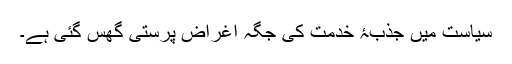
سیاست میں جذبۂ خدمت کی جگہ اغراض پرستی گھس گئی ہے۔